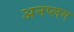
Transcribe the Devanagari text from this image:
अनप्लग